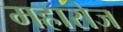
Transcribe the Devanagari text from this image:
महारोज